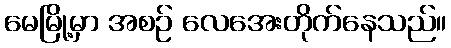
မေမြို့မှာ အစဉ် လေအေးတိုက်နေသည်။